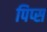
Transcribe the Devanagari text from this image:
पिप्स